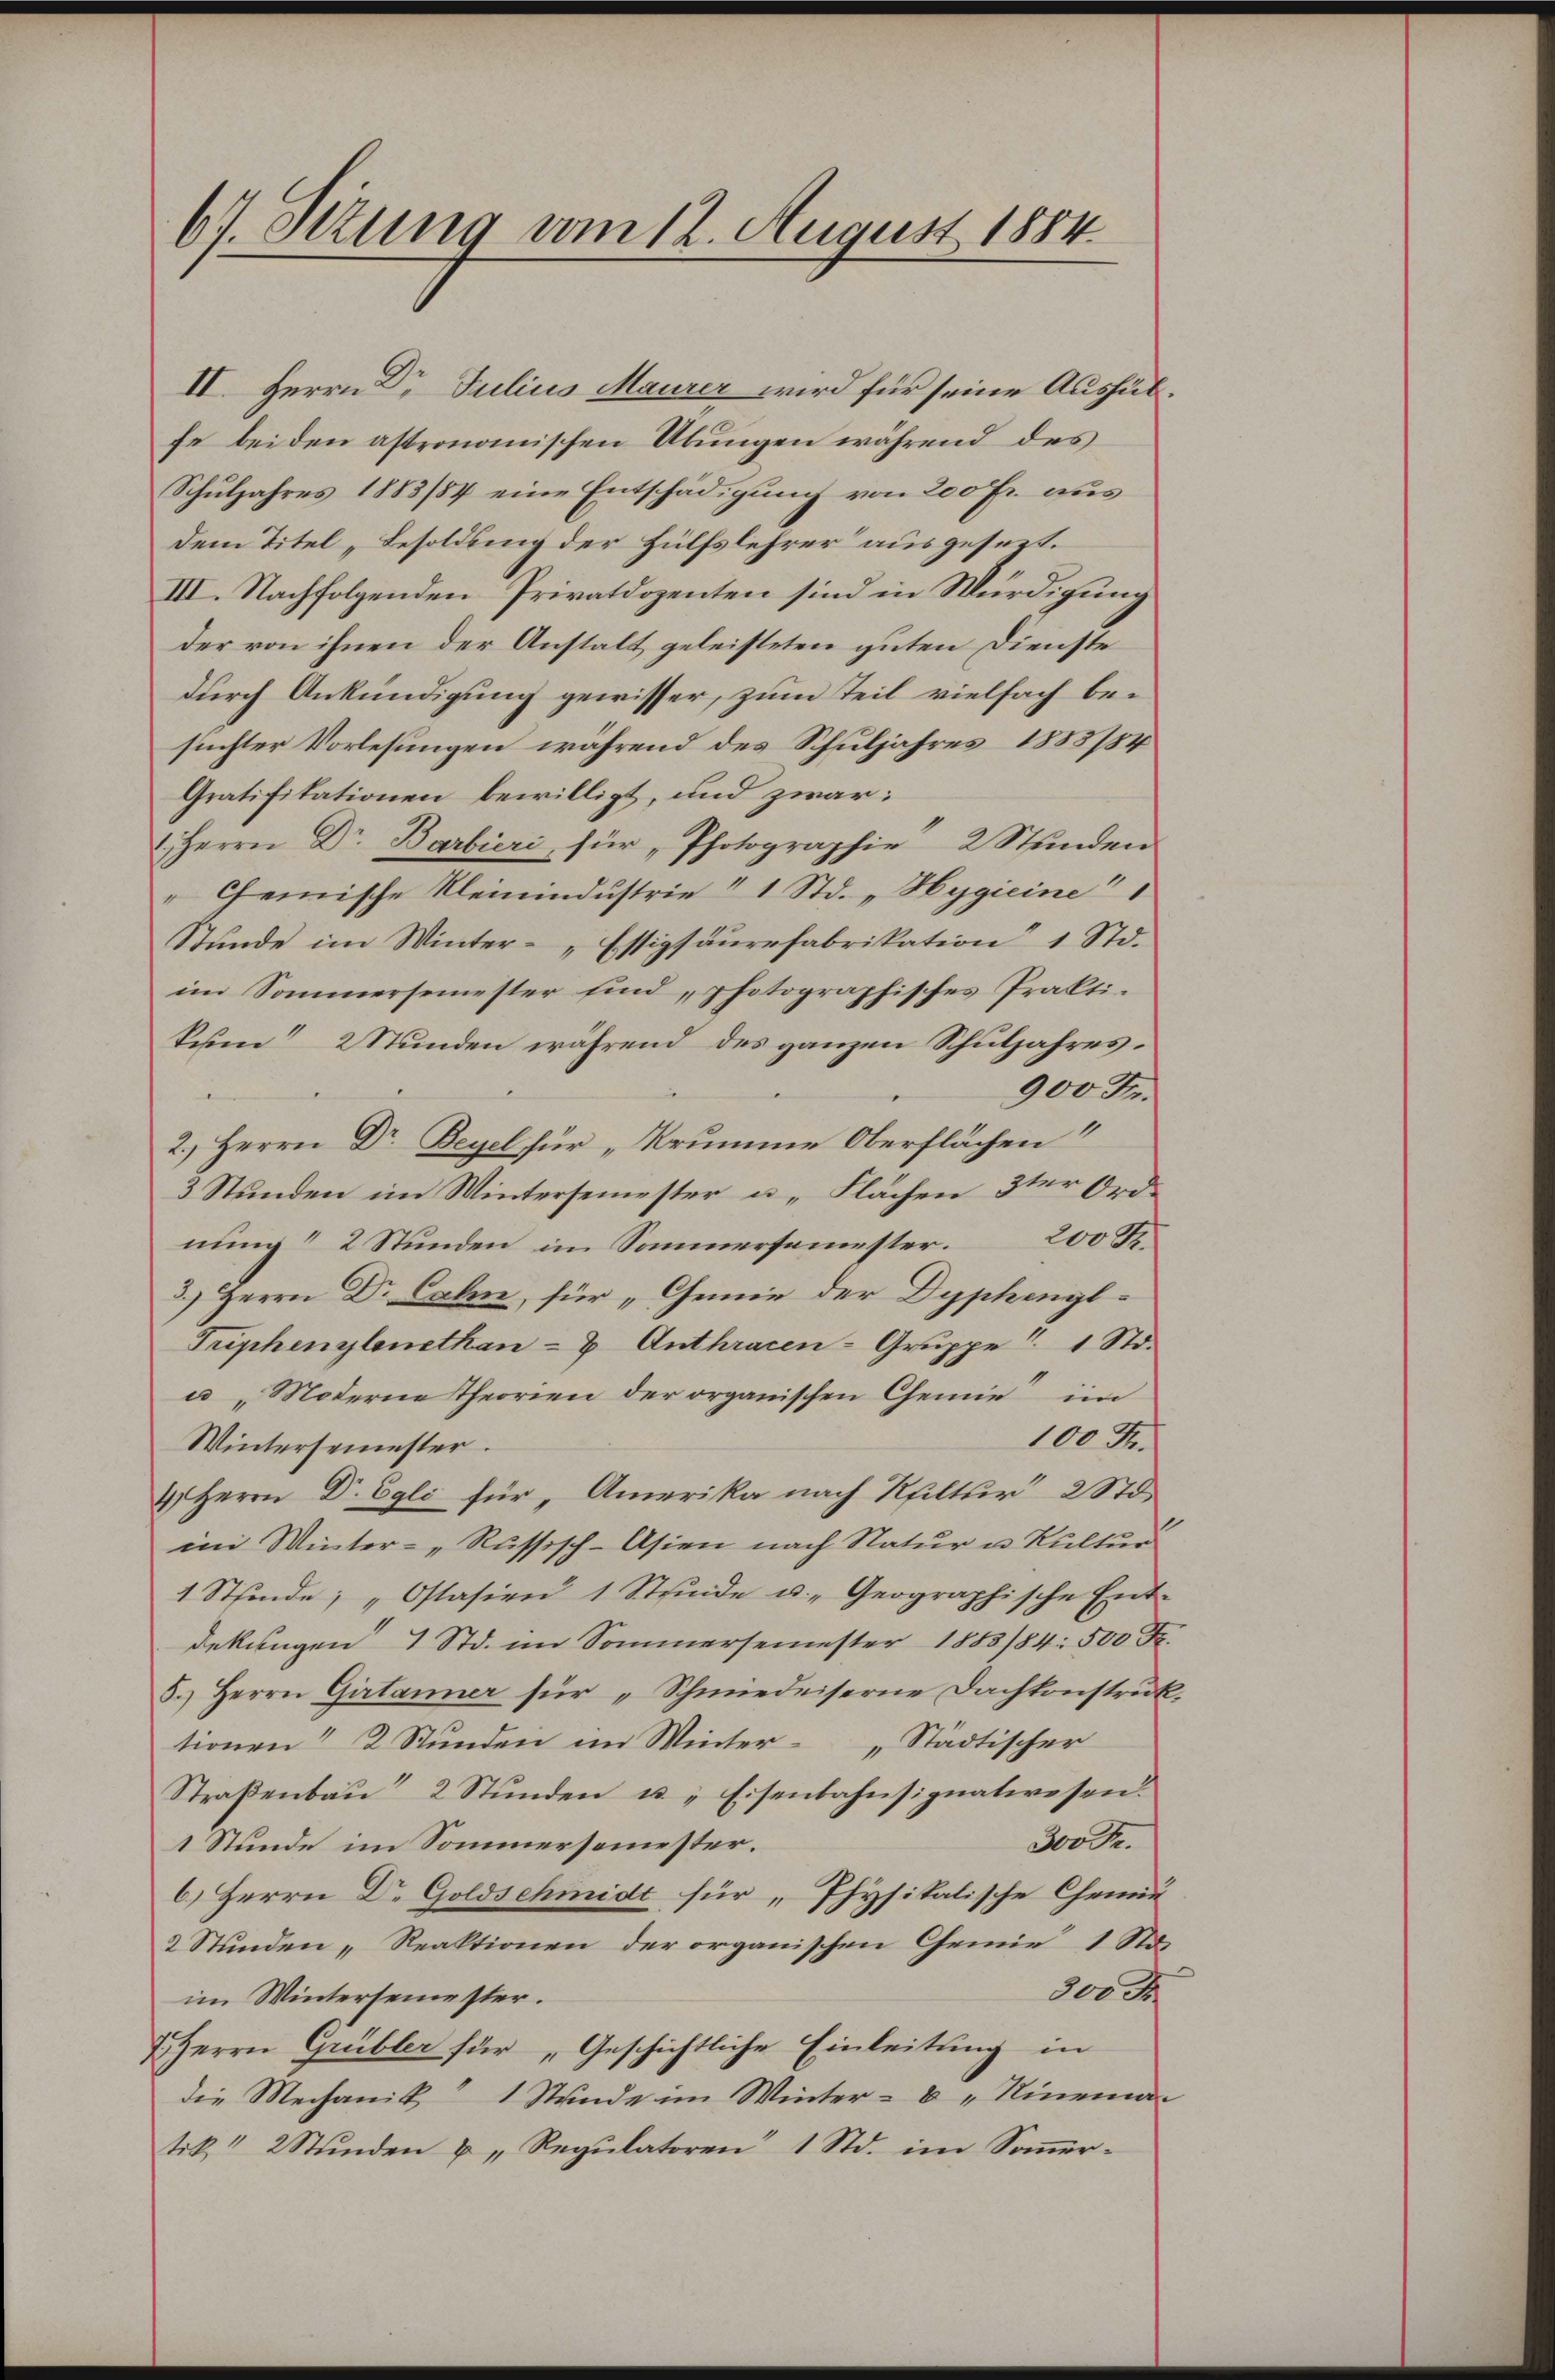
67. Setzung vom 12. August 1884

II. Herrn Dr Julius Maurer wird für seine Aushülfe beiden astronomischen Übungen während des
Schuljahres 1883/84 eine Entschädigung von 200 Fr. aus
Dem Titel „Besoldung der Hülfslehrer ausgesezt.
III. Nachfolgenden Privatdozenten sind in Würdigung
der von ihnen der Anstalt geleisteten guten Dienste
durch Ankündigung gewisser, zum Teil vielfach besuchter Vorlesungen während des Schuljahres 1883/84
Gratifikationen bewilligt, und zwar:
Herrn Dr. Barbieri, für „Photographie 2 Stŭnden
Chemische Kleinindustrie I 1 Std. „Hygieine
Stunde im Winter- „Essigsäurefabrikation 1 Std.
im Sommersemester sind photographisches Praktikum 2 Stunden während des ganzen Schuljahres¬
900 Fr.
2.) Herrn Dr Beyel für „Krumme Oberflächen“
3 Stunden im Wintersemester u. Flächen 3ter Ordnung“ 2 Stunden im Sommersemester 200 R.
3.) Herrn Dr Calm, für „Gemie der Dyphengl¬
Triphenylenethan- & Anthracen-Gruppe " 1 Std.
u „Moderne Theorien der organischen Chemie im
100 Fr.
Wintersemester.
4 Herrn Dr. Egli für, Amerika nach Kultur 2 St.
im Winter- „Russisch-Asien nach Natur u. Kultur
1 Stfinde; „Ostasien 1 Stunde u. Geographische Ent-
dekungen 1 Std. im Sommersemester 1883/84: 500 Fr.
5.) Herrn Girtanner für „Schmiedeiserne Dachkonstrŭk
tionen 2 Stŭnden im Winter „Städtischer
Straβenbau 2 Stŭnden u. „Eisenbahnsignatwesen.
300 Fr.
1 Stunde im Sommersemester.
6.) Herrn Dr Goldschmidt für „Physikalische Chemi¬
2 Stunden „Reaktionen der organischen Gemie 1 Sta-
300 F
im Wintersemester.
 Herrn Grübler für „Geschichtliche Einleitung in
die Mechanik 1 Stunde im Winter-B „Ninema-
tik" 2 Stŭnden u "Regŭlatoren 1 Std. im Soṁer-

2